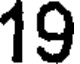
19